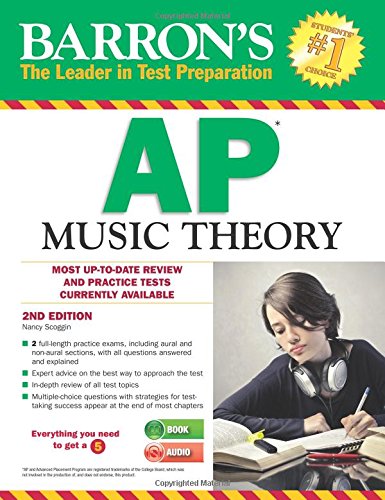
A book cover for Barron's AP Music Theory with MP3 CD, 2nd Edition; Nancy Scoggin; Test Preparation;